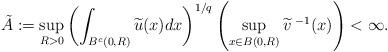
LaTeX: \begin{align*}\tilde{A}:=\sup_{R>0}\left( \int_{B^{c}(0,R)}\widetilde{u}(x)dx \right)^{1/q}\left( \sup_{x \in B(0,R)}\widetilde{v}^{\,\,-1}(x) \right)<\infty.\end{align*}